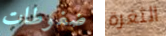
ضغوطات الثغرة